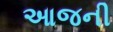
આજની